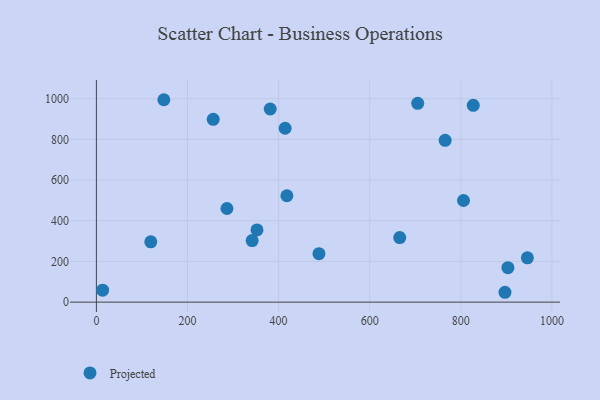
{"axis": {"x": "Speed", "y": "Salary"}, "legend": ["Projected"], "data": [{"x": "148.1", "y": 995.1, "type": "Projected"}, {"x": "286.6", "y": 460.3, "type": "Projected"}, {"x": "13.7", "y": 58.8, "type": "Projected"}, {"x": "381.6", "y": 949.6, "type": "Projected"}, {"x": "488.6", "y": 238.3, "type": "Projected"}, {"x": "352.6", "y": 355.0, "type": "Projected"}, {"x": "418.2", "y": 523.1, "type": "Projected"}, {"x": "665.9", "y": 317.4, "type": "Projected"}, {"x": "119.4", "y": 296.3, "type": "Projected"}, {"x": "765.6", "y": 795.7, "type": "Projected"}, {"x": "946.1", "y": 217.7, "type": "Projected"}, {"x": "827.3", "y": 967.7, "type": "Projected"}, {"x": "896.9", "y": 48.5, "type": "Projected"}, {"x": "414.3", "y": 854.9, "type": "Projected"}, {"x": "256.5", "y": 898.5, "type": "Projected"}, {"x": "705.4", "y": 977.6, "type": "Projected"}, {"x": "341.9", "y": 302.5, "type": "Projected"}, {"x": "903.4", "y": 169.5, "type": "Projected"}, {"x": "805.9", "y": 499.8, "type": "Projected"}]}